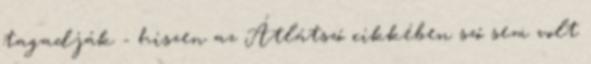
tagadják - hiszen az Átlátszó cikkében szó sem volt